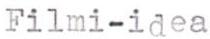
Filmi-idea